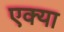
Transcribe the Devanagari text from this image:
एक्या